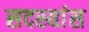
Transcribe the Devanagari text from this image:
सदस्यांस